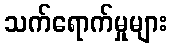
သက်ရောက်မှုများ